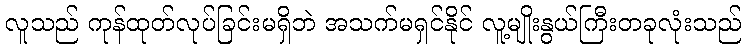
လူသည် ကုန်ထုတ်လုပ်ခြင်းမရှိဘဲ အသက်မရှင်နိုင် လူ့မျိုးနွယ်ကြီးတခုလုံးသည်